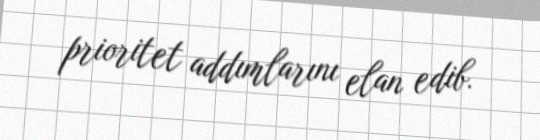
prioritet addımlarını elan edib.